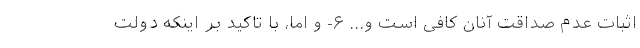
اثبات عدم صداقت آنان کافی است و... ۶- و اما، با تاکید بر اینکه دولت